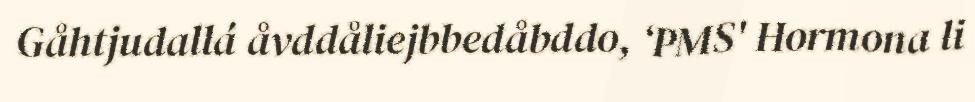
Gåhtjudallá åvddåliejbbedåbddo, ‘PMS' Hormona li